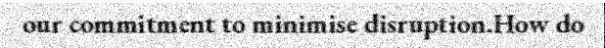
our commitment to minimise disruption.How do